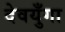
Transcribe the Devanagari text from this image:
देवयुँगा